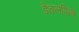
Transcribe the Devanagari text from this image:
डेवलपिन्ग